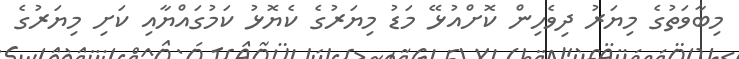
މިބާވަތުގެ މިޔަރު ދިވެހިން ކޮށްއުޅޭ މަޑު މިޔަރުގެ ކެޔޮޅު ކަމުގައްޔާއި ކަށި މިޔަރުގެ